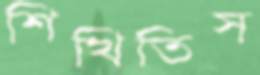
শিখিতিস